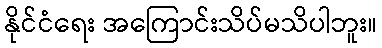
နိုင်ငံရေး အကြောင်းသိပ်မသိပါဘူး။